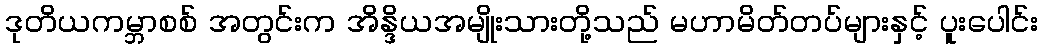
ဒုတိယကမ္ဘာစစ် အတွင်းက အိန္ဒိယအမျိုးသားတို့သည် မဟာမိတ်တပ်များနှင့် ပူးပေါင်း